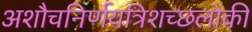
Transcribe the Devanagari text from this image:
अशौचनिर्णयत्रिशच्छलोकी